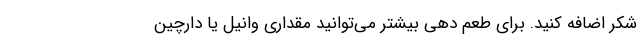
شکر اضافه کنید. برای طعم دهی بیشتر می‌توانید مقداری وانیل یا دارچین